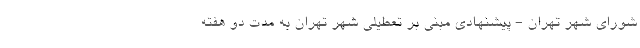
شورای شهر تهران - پیشنهادی مبنی بر تعطیلی شهر تهران به مدت دو هفته